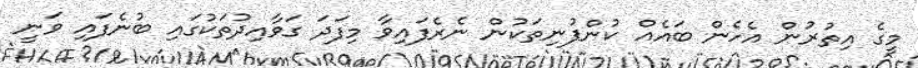
މީގެ އިތުރުން އެހެން ބައެއް ކުންފުނިތަކުން ނެރެފައިވާ މިފަދަ ގަވާއިދުތަކުގައި ބުނެފައި ވަނީ